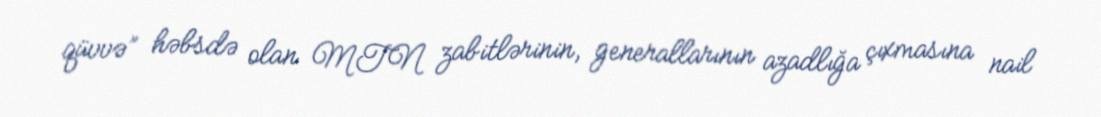
qüvvə” həbsdə olan MTN zabitlərinin, generallarının azadlığa çıxmasına nail